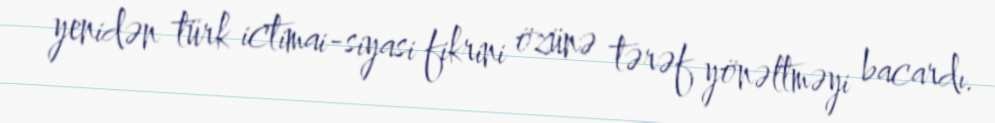
yenidən türk ictimai-siyasi fikrini özünə tərəf yönəltməyi bacardı.